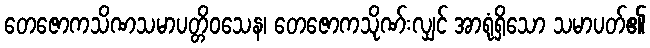
တေဇောကသိဏသမာပတ္တိဝသေန၊ တေဇောကသိုဏ်းလျှင် အာရုံရှိသော သမာပတ်၏